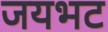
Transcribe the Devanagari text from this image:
जयभट